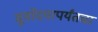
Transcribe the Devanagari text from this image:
सूर्योदयापर्यंतचा